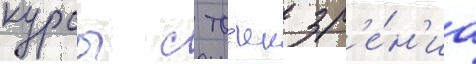
курсы с то́чек зр'е́н'иа